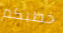
خطبكم